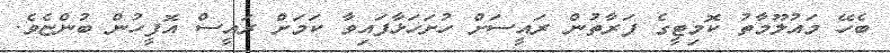
ބެހޭ މައުލޫމާތު ކޮމިޓީގެ ފަރާތުން ރައީސަށް ހުށަހަޅާފައިވާ ކަމަށް ރައީސް އޮފީހުން ބުންޏެވެ.